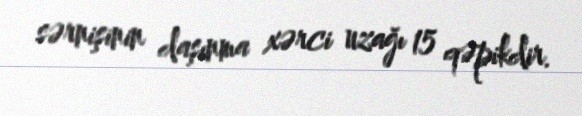
sərnişinin daşınma xərci uzağı 15 qəpikdir.